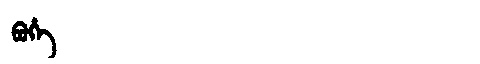
Manchu: ᠪᡠᡥᡝ
Romanization: BUHE